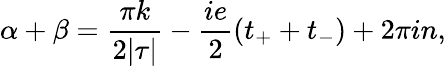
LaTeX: \alpha+\beta=\frac{\pi k}{2|\tau|}-\frac{ie}{2}(t_{+}+t_{-})+2\pi in,